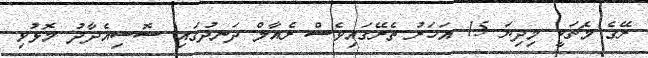
ރޭގެ މެޗަކީ މިދިޔަ 15 އަހަރު ތެރޭގައިވެސް ރެއާލް ދަނދުގައި ސޮސިއެދާދު މޮޅުވި